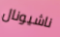
ناشيونال